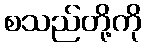
စသည်တို့ကို